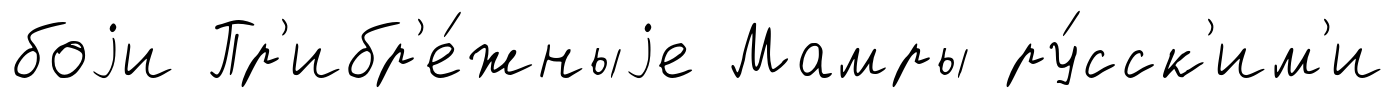
боjи Пр'ибр'е́жныjе Мамры ру́сск'им'и